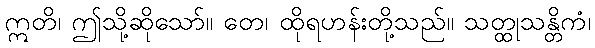
ဣတိ၊ ဤသို့ဆိုသော်။ တေ၊ ထိုရဟန်းတို့သည်။ သတ္ထုသန္တိကံ၊